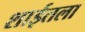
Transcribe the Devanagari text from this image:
शाईतला